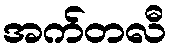
အက်တလီ